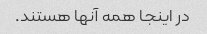
در اینجا همه آنها هستند.